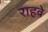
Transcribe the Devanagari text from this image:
राहवे